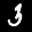
Label: 3